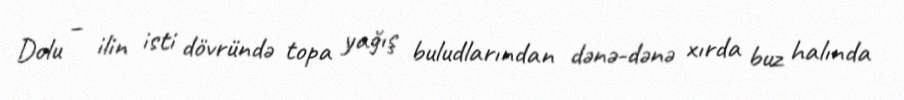
Dolu – ilin isti dövründə topa yağış buludlarından dənə-dənə xırda buz halında